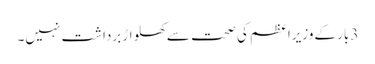
3بار کےوزیراعظم کی صحت سےکھلواڑ برداشت نہیں۔